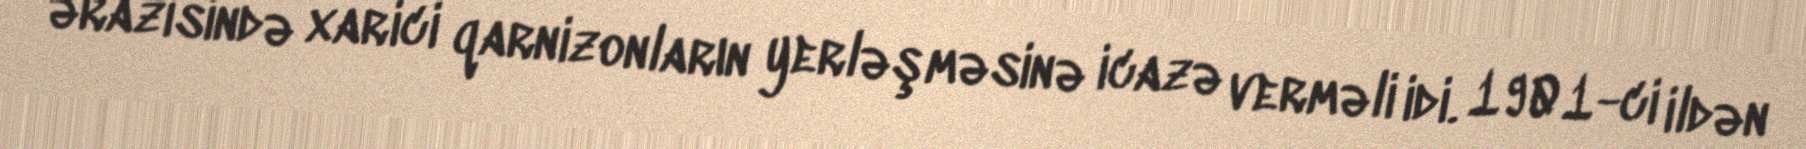
ərazisində xarici qarnizonların yerləşməsinə icazə verməli idi. 1901-ci ildən